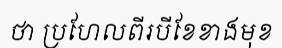
ថា ប្រហែលពីរបីខែខាងមុខ